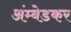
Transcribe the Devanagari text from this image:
अंम्बेडकर